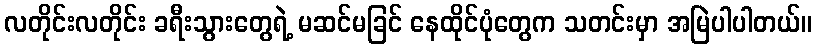
လတိုင်းလတိုင်း ခရီးသွားတွေရဲ့ မဆင်မခြင် နေထိုင်ပုံတွေက သတင်းမှာ အမြဲပါပါတယ်။